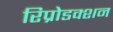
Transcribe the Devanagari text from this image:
रिप्रोडक्शन